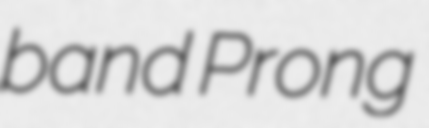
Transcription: band Prong